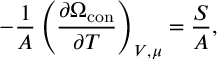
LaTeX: - \frac { 1 } { A } \left( \frac { \partial \Omega _ { \mathrm { c o n } } } { \partial T } \right) _ { V , \mu } = \frac { S } { A } ,